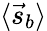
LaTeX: \langle{\vec{s}}_{b}\rangle